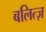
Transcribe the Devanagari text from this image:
बलित्ज़